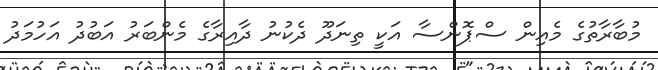
މުބާރާތުގެ މެއިން ސްޕޮންސާ އަކީ ތިނަދޫ ދެކުނު ދާއިރާގެ މެންބަރު އަބުދު އަހުމަދު